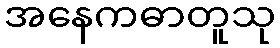
အနေကဓာတူသု